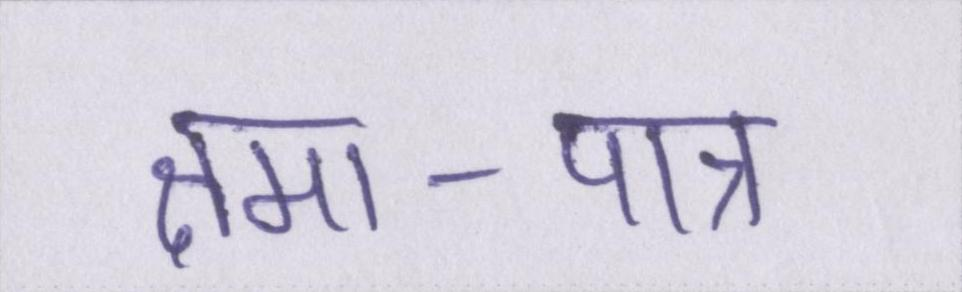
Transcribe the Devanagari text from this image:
क्षमा-पात्र